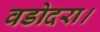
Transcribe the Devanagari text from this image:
वडोदरा।